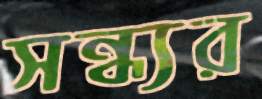
সন্ধ্যর